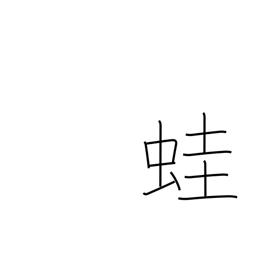
Meaning: frog